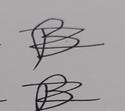
Signature authenticity: forged